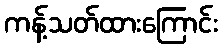
ကန့်သတ်ထားကြောင်း